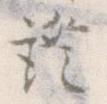
証